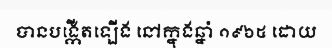
បានបង្កើតឡើង នៅក្នុងឆ្នាំ ១៩៦៥ ដោយ